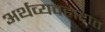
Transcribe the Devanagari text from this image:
अर्थव्यवहारात